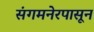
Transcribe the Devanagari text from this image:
संगमनेरपासून